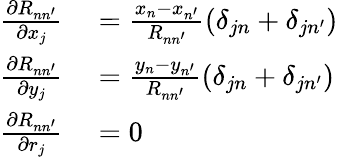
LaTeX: \begin{array}{rl}{\frac{\partial R_{nn^{\prime}}}{\partial x_{j}}}&{{}=\frac{x_{n}-x_{n^{\prime}}}{R_{nn^{\prime}}}(\delta_{jn}+\delta_{jn^{\prime}})}\\ {\frac{\partial R_{nn^{\prime}}}{\partial y_{j}}}&{{}=\frac{y_{n}-y_{n^{\prime}}}{R_{nn^{\prime}}}(\delta_{jn}+\delta_{jn^{\prime}})}\\ {\frac{\partial R_{nn^{\prime}}}{\partial r_{j}}}&{{}=0}\end{array}